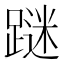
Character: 𲄀